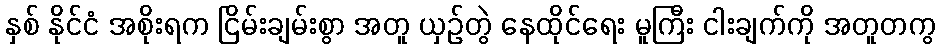
နှစ် နိုင်ငံ အစိုးရက ငြိမ်းချမ်းစွာ အတူ ယှဉ်တွဲ နေထိုင်ရေး မူကြီး ငါးချက်ကို အတူတကွ